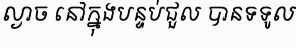
ល្ងាច នៅក្នុងបន្ទប់ជួល បានទទូល